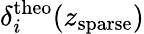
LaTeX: \delta_{i}^{\mathrm{theo}}(z_{\mathrm{sparse}})